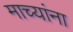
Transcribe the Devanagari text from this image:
माच्यांना